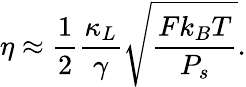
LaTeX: \eta\approx\frac{1}{2}\frac{\kappa_{L}}{\gamma}\sqrt{\frac{Fk_{B}T}{P_{s}}}.